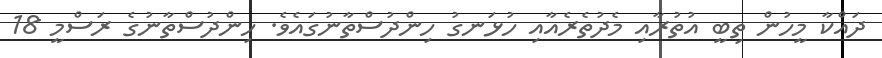
ދައްކާ މީހުން ތިބީ އުތުރާއި މެދުތެރެއާއި ހުޅަނގު ހިންދުސްތާނުގައެވެ. ހިންދުސްތާނުގެ ރަސްމީ 18